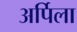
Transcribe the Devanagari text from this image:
अर्पिला